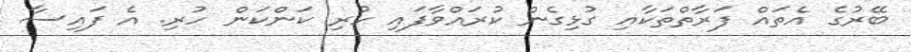
ބޭރުގެ އެތައް ފަރާތްތަކާއި ގުޅިގެން ކުރައްވާފައި ހުރި ކަންކަން ހުރި. އެ ފައިސާ